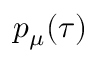
p _ { \mu } ( \tau )